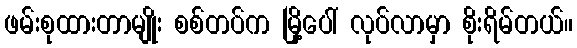
ဖမ်းစုထားတာမျိုး စစ်တပ်က မြို့ပေါ် လုပ်လာမှာ စိုးရိမ်တယ်။